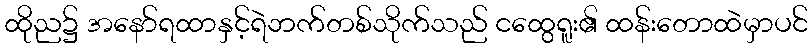
ထိုည၌ အနော်ရထာနှင့်ရဲဘက်တစ်သိုက်သည် ငထွေရူး၏ ထန်းတောထဲမှာပင်